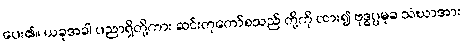
ပေး၏။ ယခုအခါ ပညာရှိတို့ကား ဆင်းတုတော်စသည် တို့ကို ထား၍ ဗုဒ္ဓပ္ပမုခ သံဃာအား